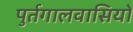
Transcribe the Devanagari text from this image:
पुर्तगालवासियों